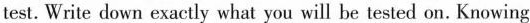
test. Write down exactly what you will be tested on. Knowing